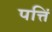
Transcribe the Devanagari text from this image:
पत्तिं